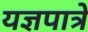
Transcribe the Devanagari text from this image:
यज्ञपात्रे